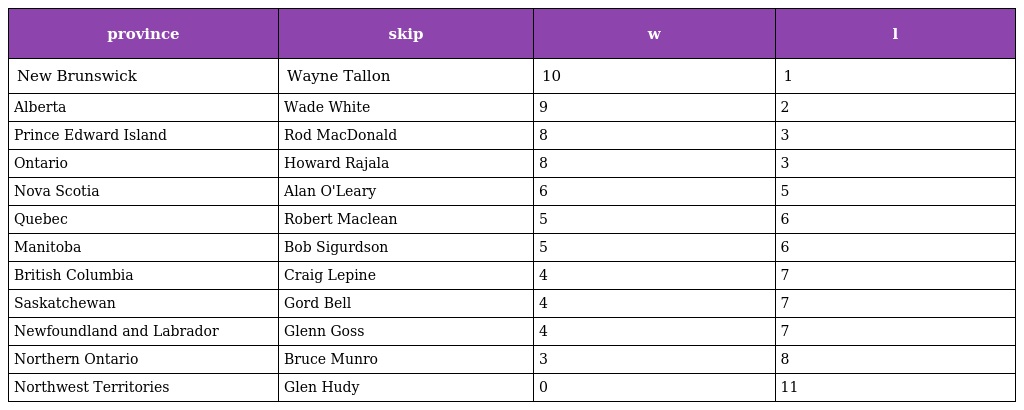
| province | skip | w | l |
 | --- | --- | --- | --- |
 | New Brunswick | Wayne Tallon | 10 | 1 |
 | Alberta | Wade White | 9 | 2 |
 | Prince Edward Island | Rod MacDonald | 8 | 3 |
 | Ontario | Howard Rajala | 8 | 3 |
 | Nova Scotia | Alan O'Leary | 6 | 5 |
 | Quebec | Robert Maclean | 5 | 6 |
 | Manitoba | Bob Sigurdson | 5 | 6 |
 | British Columbia | Craig Lepine | 4 | 7 |
 | Saskatchewan | Gord Bell | 4 | 7 |
 | Newfoundland and Labrador | Glenn Goss | 4 | 7 |
 | Northern Ontario | Bruce Munro | 3 | 8 |
 | Northwest Territories | Glen Hudy | 0 | 11 |